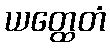
ယတ္ထေတံ